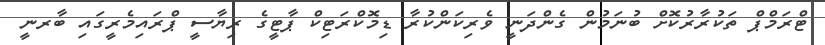
ޓްރަމްޕް ތަކުރާރުކޮށް ބުނަމުން ގެންދަނީ ވެރިކަންކުރާ ޑިމޮކްރަޓިކް ޕާޓީގެ ރިޔާސީ ޕްރައިމެރީގައި ބާރނީ